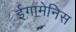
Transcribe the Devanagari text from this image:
ईगामेनिस